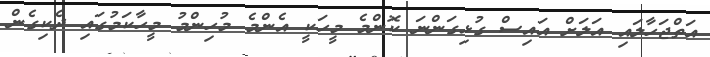
އަތްޖަހާލައި އަލަށް އައިސް ގުޅިގަންނަ ކޮންމެ މީހަކީ އެންމެ މުހިންމު މީހާކަމުގައި ދެކިގެން